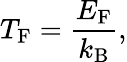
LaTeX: T_{\mathrm{F}}={\frac{E_{\mathrm{F}}}{k_{\mathrm{B}}}},